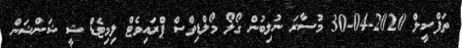
ތަފްސީލް 2020-04-30 މުސާރަ ނުލިބުން ގޯލޯ މޯލްޑިވްސް ޕްރައިވެޓް ލިމިޓެޑް ޝީ ޝަންޝަން